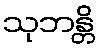
သုဘန္တိ